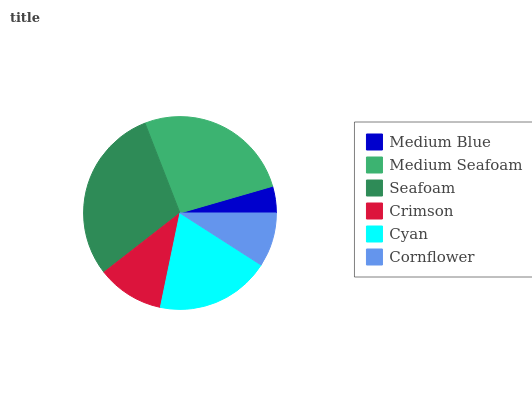
| Medium Blue | Medium Seafoam | Seafoam | Crimson | Cyan | Cornflower |
 | --- | --- | --- | --- | --- | --- |
 | 4.47% | 26.4% | 29.6% | 11.2% | 19.2% | 9.07% |